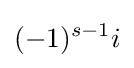
(-1)^{s-1}i